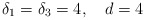
\begin{align*}\delta_1 = \delta_3 = 4, \quad d = 4\end{align*}